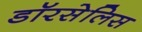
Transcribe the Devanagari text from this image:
डॉरसेलिस